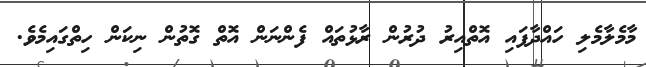
މާމެލާމެލި ހައްދާފައި އޮތްއިރު ދުރުން ރާޅުތައް ފެންނަން އޮތް ގޮތުން ނިކަން ހިތްގައިމެވެ.